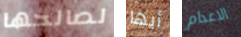
لصالحها أيها الاعدام